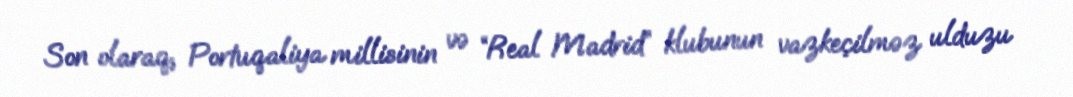
Son olaraq, Portuqaliya millisinin və “Real Madrid” klubunun vazkeçilməz ulduzu